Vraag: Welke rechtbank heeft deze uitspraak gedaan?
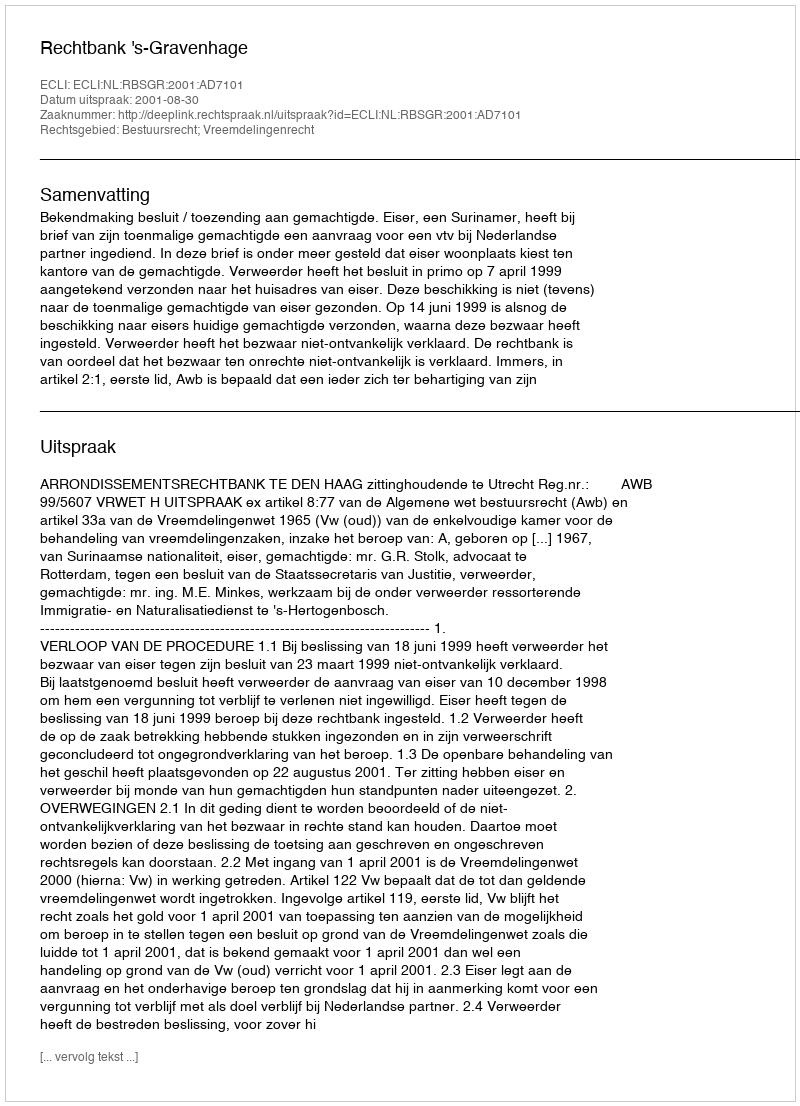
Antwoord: Rechtbank 's-Gravenhage